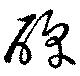
醇